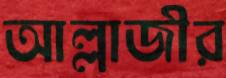
আল্লাজীর